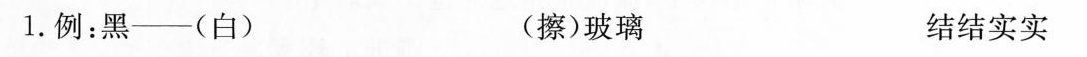
1.例：——（白） （擦）玻璃 结结实实